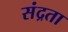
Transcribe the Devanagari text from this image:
संद्रता